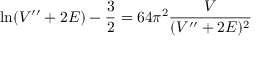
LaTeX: \ln ( V ^ { \prime \prime } + 2 { \cal E } ) - \frac { 3 } { 2 } = 6 4 \pi ^ { 2 } \frac { V } { ( V ^ { \prime \prime } + 2 { \cal E } ) ^ { 2 } }